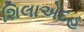
શિલાએદહ